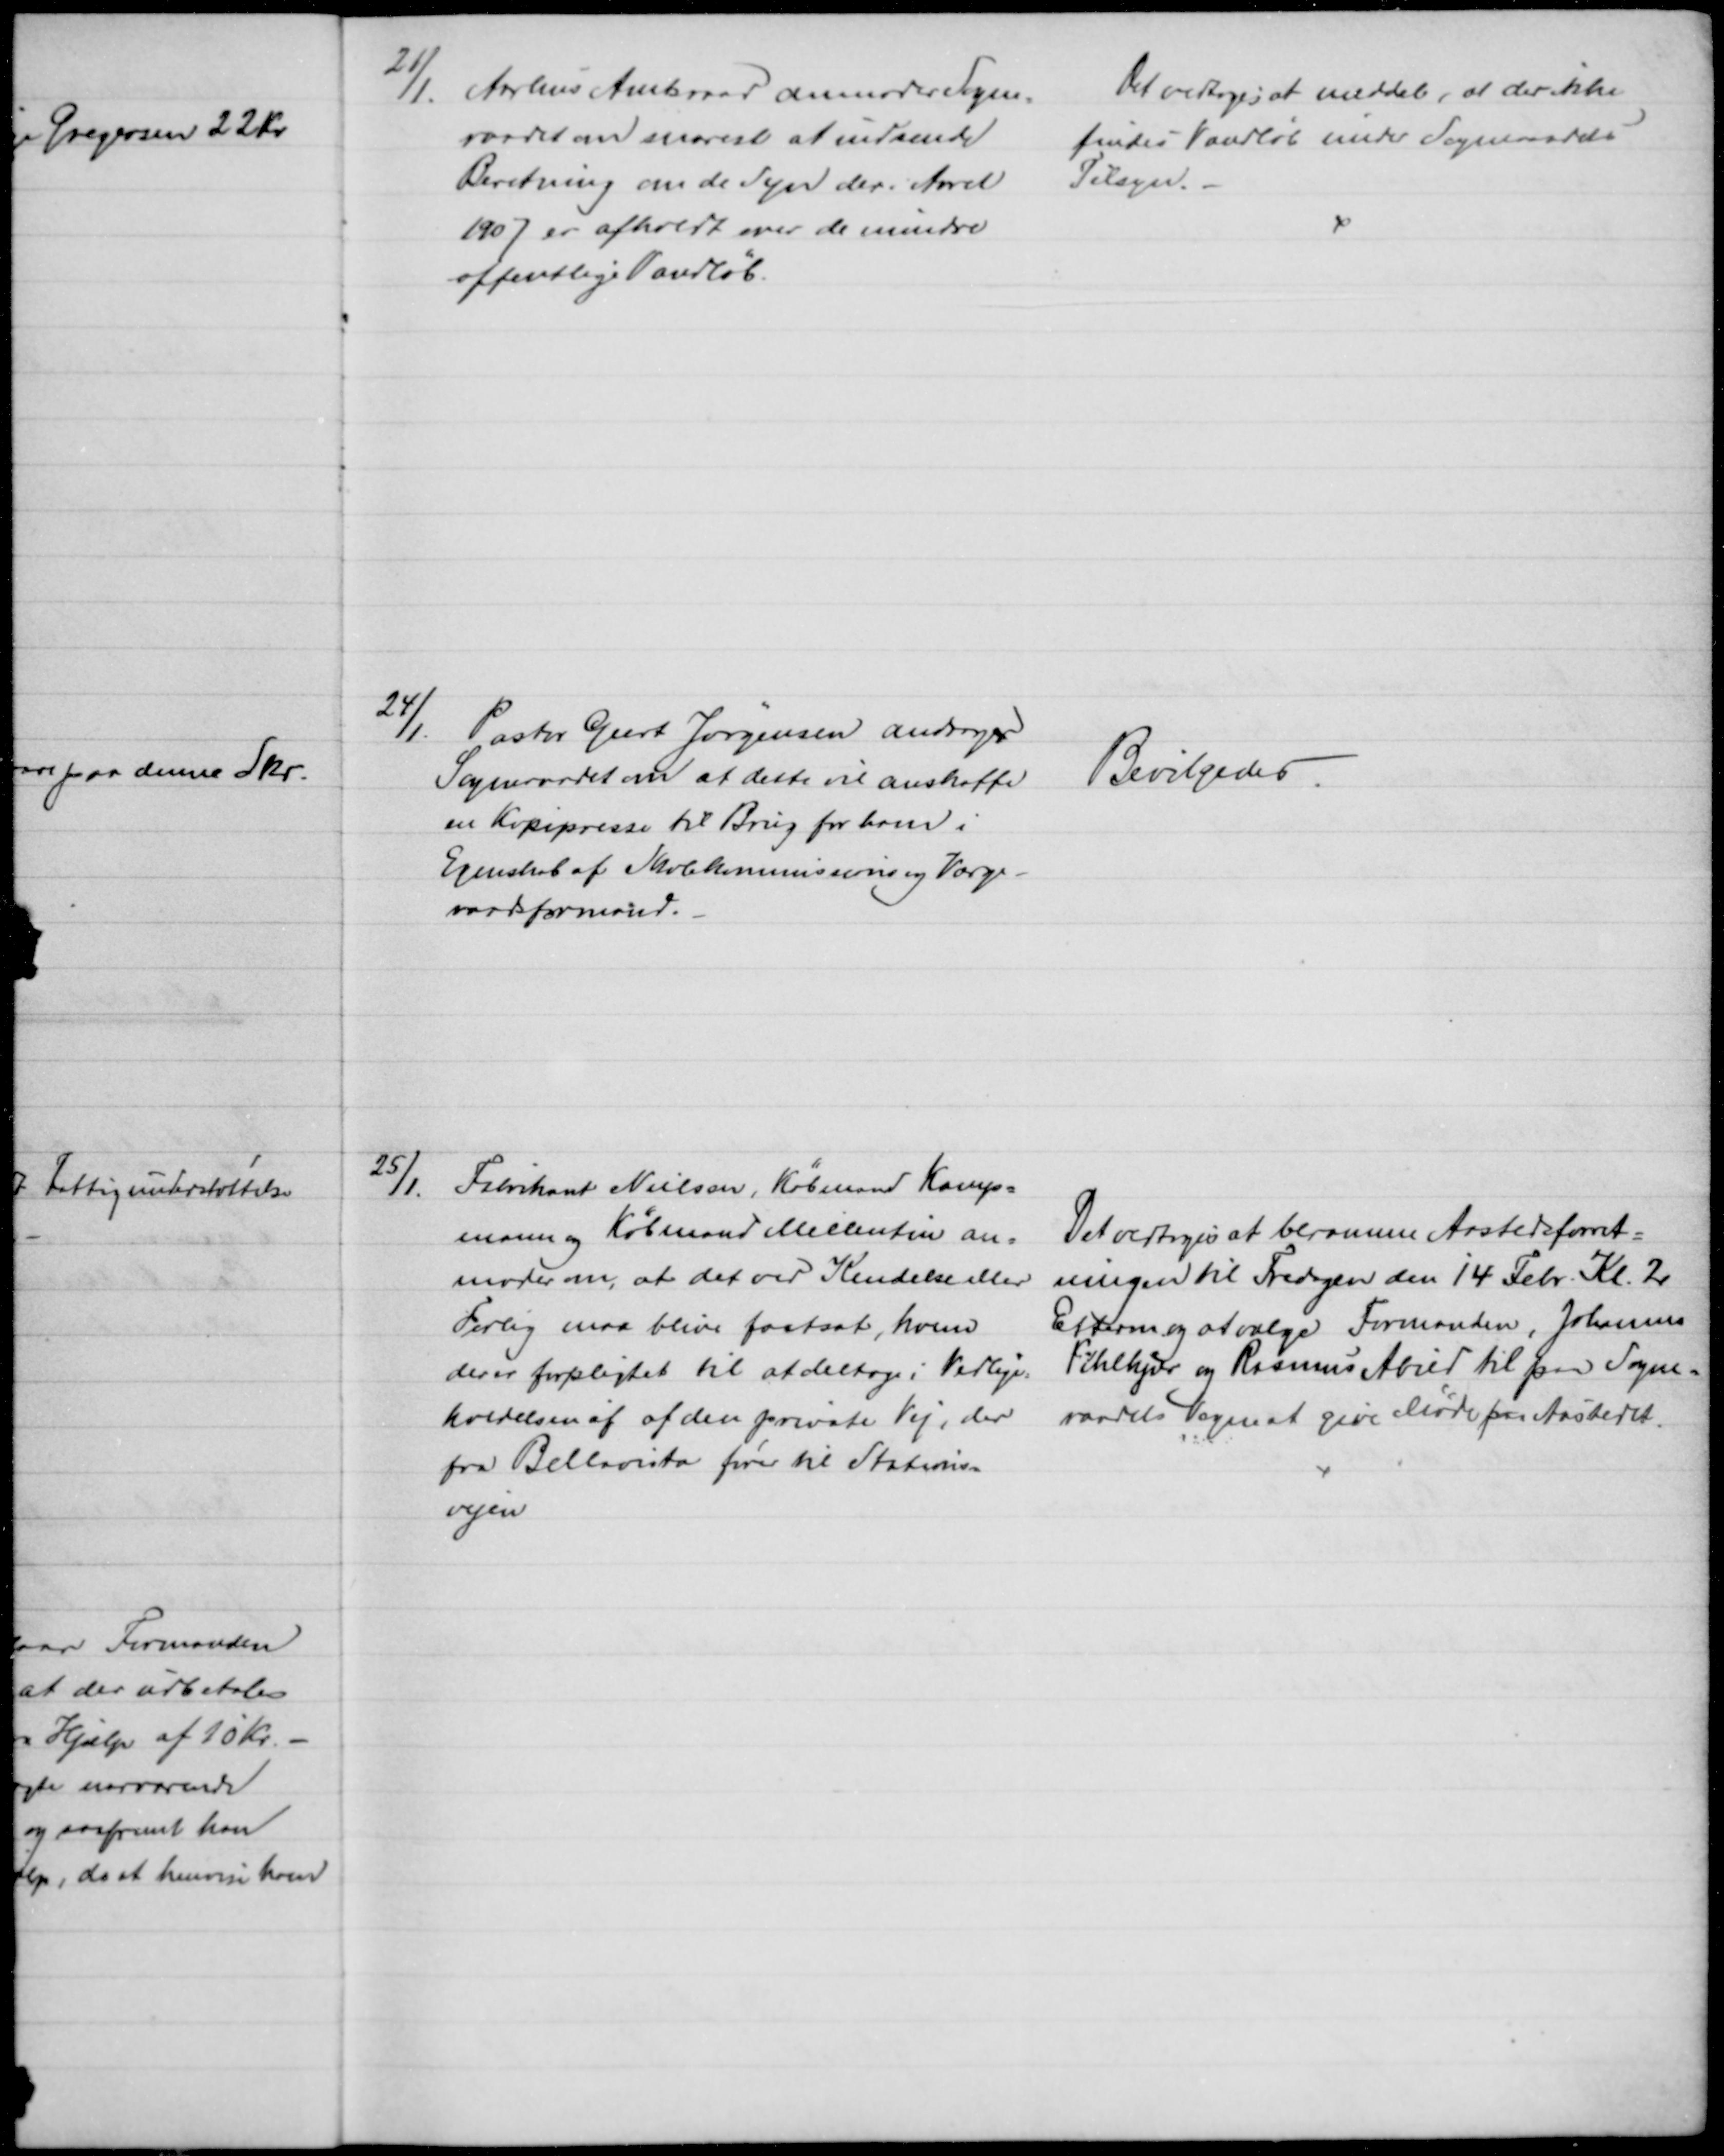
Transskription:
21/1.
Aarhus Amtsraad anmoder Sogne-
raadet om snarest at indsende
Beretning om de Syn der Aaret
1907 er afholdt over de mindre
offentlige Vandløb.
Det vedtoges at meddele, at der ikke
findes Vandløb under Sogneraadets
Tilsyn.
24/1. Pastor Geert Jørgensen andrager
Sogneraadet om at dette vil anskaffe
en Kopipresse til Brug for ham i 
Egenskab af Skolekommissions og Værge-
raadsformand.
Bevilgedes.
25/1.
Fabrikant Nielsen, Købmand Kamp-
mann og Købmand Millentin an-
moder om, at det ved Kendelse eller
Forlig maa blive fastsat, hvem
der er forpligtet til at deltage i Vedlige-
holdelsen af af den private Vej, der
fra Bellavista fører til Stations-
vejen
Det vedtoges at beramme Aastedsforret=
ningen til Fredagen den 14 Febr. Kl. 2
Efterm og at vælge Formanden, Johannes
Pihlkjær og Rasmus Abild til paa Sogne=
raadets Vegne at give Møde paa Aastedet.